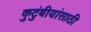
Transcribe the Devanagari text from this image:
कुटुंबीयांसाठी